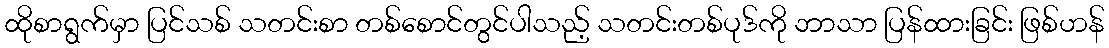
ထိုစာရွက်မှာ ပြင်သစ် သတင်းစာ တစ်စောင်တွင်ပါသည့် သတင်းတစ်ပုဒ်ကို ဘာသာ ပြန်ထားခြင်း ဖြစ်ဟန်